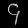
Digit: ၄